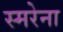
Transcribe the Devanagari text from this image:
स्मरेना